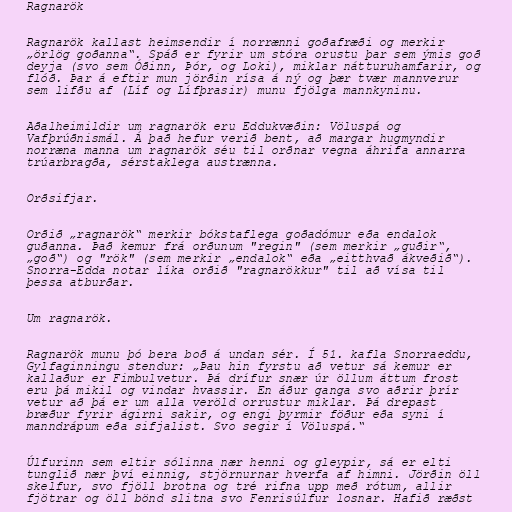
Ragnarök

Ragnarök kallast heimsendir í norrænni goðafræði og merkir
„örlög goðanna“. Spáð er fyrir um stóra orustu þar sem ýmis goð
deyja (svo sem Óðinn, Þór, og Loki), miklar nátturuhamfarir, og
flóð. Þar á eftir mun jörðin rísa á ný og þær tvær mannverur
sem lifðu af (Líf og Lífþrasir) munu fjölga mannkyninu.

Aðalheimildir um ragnarök eru Eddukvæðin: Völuspá og
Vafþrúðnismál. Á það hefur verið bent, að margar hugmyndir
norræna manna um ragnarök séu til orðnar vegna áhrifa annarra
trúarbragða, sérstaklega austrænna.

Orðsifjar.

Orðið „ragnarök“ merkir bókstaflega goðadómur eða endalok
guðanna. Það kemur frá orðunum "regin" (sem merkir „guðir“,
„goð“) og "rök" (sem merkir „endalok“ eða „eitthvað ákveðið“).
Snorra-Edda notar líka orðið "ragnarökkur" til að vísa til
þessa atburðar.

Um ragnarök.

Ragnarök munu þó bera boð á undan sér. Í 51. kafla Snorraeddu,
Gylfaginningu stendur: „Þau hin fyrstu að vetur sá kemur er
kallaður er Fimbulvetur. Þá drífur snær úr öllum áttum frost
eru þá mikil og vindar hvassir. En áður ganga svo aðrir þrír
vetur að þá er um alla veröld orrustur miklar. Þá drepast
bræður fyrir ágirni sakir, og engi þyrmir föður eða syni í
manndrápum eða sifjalist. Svo segir í Völuspá.“

Úlfurinn sem eltir sólinna nær henni og gleypir, sá er elti
tunglið nær því einnig, stjörnurnar hverfa af himni. Jörðin öll
skelfur, svo fjöll brotna og tré rifna upp með rótum, allir
fjötrar og öll bönd slitna svo Fenrisúlfur losnar. Hafið ræðst